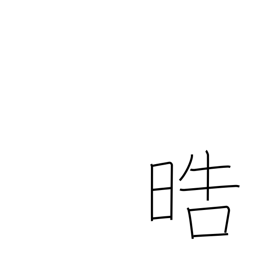
Meaning: pure